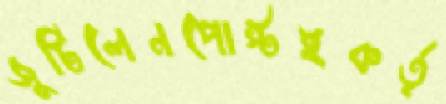
জুটিলেনপোস্টইকর্তৃ